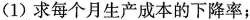
(1)求每个月生产成本的下降率；